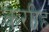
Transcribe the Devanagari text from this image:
कराीह